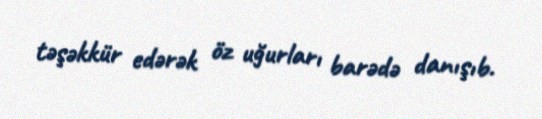
təşəkkür edərək öz uğurları barədə danışıb.